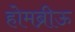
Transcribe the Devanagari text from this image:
होमब्रीऊ